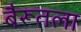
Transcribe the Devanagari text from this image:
बैरूतला